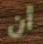
أن